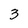
Character: 3